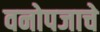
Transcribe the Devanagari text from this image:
वनोपजाचे